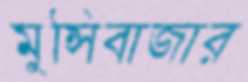
মুন্সিবাজার